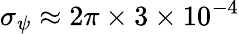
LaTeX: \sigma_{\psi}\approx 2\pi\times 3\times 10^{-4}